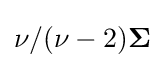
\nu /(\nu -2)\mathbf {\Sigma }